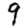
Digit: 9